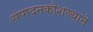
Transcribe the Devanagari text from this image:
संपादनकौशल्याने